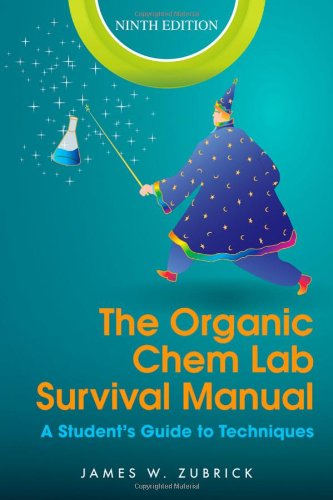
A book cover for The Organic Chem Lab Survival Manual: A Student's Guide to Techniques; James W. Zubrick; Science & Math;